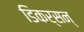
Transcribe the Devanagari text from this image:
डिकर्सन्